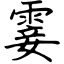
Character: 霎